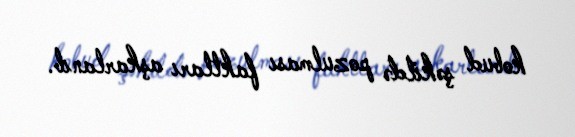
kobud şəkildə pozulması faktları aşkarlanıb.